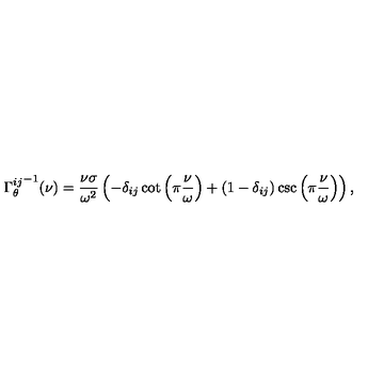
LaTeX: { \Gamma _ { \theta } ^ { i j } } ^ { - 1 } ( \nu ) = \frac { \nu \sigma } { \omega ^ { 2 } } \left( - \delta _ { i j } \cot \left( \pi \frac { \nu } { \omega } \right) + \left( 1 - \delta _ { i j } \right) \csc \left( \pi \frac { \nu } { \omega } \right) \right) ,